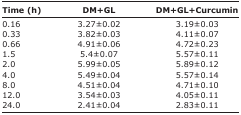
<table><thead><tr><td><b>Time (h)</b></td><td><b>DM+GL</b></td><td><b>DM+GL+Curcumin</b></td></tr></thead><tbody><tr><td>0.16</td><td>3.27±0.02</td><td>3.19±0.03</td></tr><tr><td>0.33</td><td>3.82±0.03</td><td>4.11±0.07</td></tr><tr><td>0.66</td><td>4.91±0.06</td><td>4.72±0.23</td></tr><tr><td>1.5</td><td>5.4±0.07</td><td>5.57±0.11</td></tr><tr><td>2.0</td><td>5.99±0.05</td><td>5.89±0.12</td></tr><tr><td>4.0</td><td>5.49±0.04</td><td>5.57±0.14</td></tr><tr><td>8.0</td><td>4.51±0.04</td><td>4.71±0.10</td></tr><tr><td>12.0</td><td>3.5-4±0.03</td><td>4.05±0.11</td></tr><tr><td>24.0</td><td>2.41±0.04</td><td>2.83±0.11</td></tr></tbody></table>